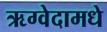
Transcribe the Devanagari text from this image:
ऋग्वेदामधे